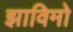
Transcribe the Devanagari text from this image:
झाविमो